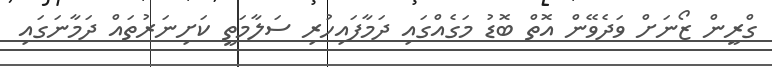
ގްރީން ޒޯނަށް ވަދެވޭން އޮތް ބޮޑު މަގެއްގައި ދަމާފައިހުރި ސަލާމަތީ ކަށިނަރުތައް ދަމާނަގައި